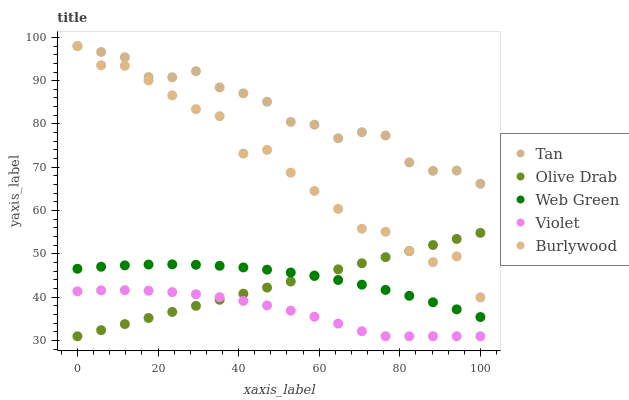
| xaxis_label | Tan | Olive Drab | Web Green | Violet | Burlywood |
 | --- | --- | --- | --- | --- | --- |
 | 0 | 98 | 31 | 46.6 | 41.4 | 98 |
 | 5.88 | 96.6 | 32.4 | 47 | 41.6 | 93.6 |
 | 11.8 | 95.4 | 33.8 | 47.4 | 41.6 | 93.4 |
 | 17.6 | 90.8 | 35.2 | 47.6 | 41.5 | 90 |
 | 23.5 | 90.8 | 36.6 | 47.6 | 41.2 | 86.6 |
 | 29.4 | 92.2 | 38 | 47.5 | 40.7 | 83.4 |
 | 35.3 | 88.4 | 39.4 | 47.3 | 40 | 81.8 |
 | 41.2 | 87.1 | 40.8 | 46.9 | 39.2 | 73.2 |
 | 47.1 | 85.1 | 42.2 | 46.4 | 38.1 | 74 |
 | 52.9 | 80.5 | 43.6 | 45.7 | 36.9 | 68.8 |
 | 58.8 | 79.8 | 45 | 44.9 | 35.5 | 64.6 |
 | 64.7 | 76.7 | 46.4 | 44 | 33.9 | 60.4 |
 | 70.6 | 78.1 | 47.8 | 42.9 | 32.2 | 55.8 |
 | 76.5 | 77.4 | 49.3 | 41.7 | 31 | 55.1 |
 | 82.4 | 71.1 | 50.7 | 40.3 | 31 | 50.7 |
 | 88.2 | 69.2 | 52.1 | 38.8 | 31 | 48.1 |
 | 94.1 | 69.2 | 53.5 | 37.2 | 31 | 49.4 |
 | 100 | 66.2 | 54.9 | 35.4 | 31 | 40 |